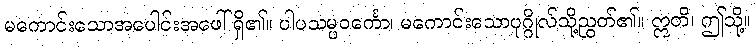
မကောင်းသောအပေါင်းအဖေါ်ရှိ၏။ ပါပသမ္ပဝင်္ကော၊ မကောင်းသောပုဂ္ဂိုလ်သို့ညွတ်၏။ ဣတိ၊ ဤသို့။